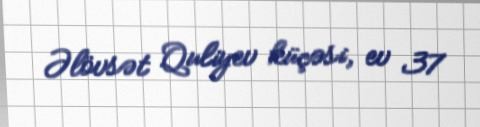
Əlövsət Quliyev küçəsi, ev 37